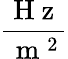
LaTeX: \frac{\mathrm{~H~z~}}{\mathrm{~m~}^{2}}